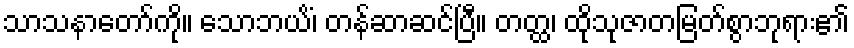
သာသနာတော်ကို။ သောဘယိံ၊ တန်ဆာဆင်ပြီ။ တတ္ထ၊ ထိုသုဇာတမြတ်စွာဘုရား၏